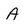
Character: A